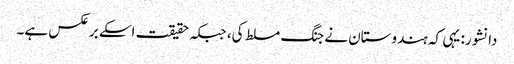
دانشور: یہی کہ ہندوستان نے جنگ مسلط کی، جبکہ حقیقت اسکے برعکس ہے۔